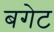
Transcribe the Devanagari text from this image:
बगेट